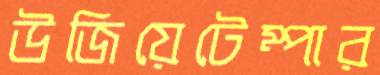
উজিয়েটেম্পার